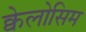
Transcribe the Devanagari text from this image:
क्वेलोसिम